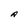
Character: A